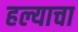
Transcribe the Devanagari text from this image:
हल्याचा